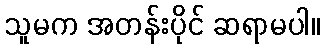
သူမက အတန်းပိုင် ဆရာမပါ။